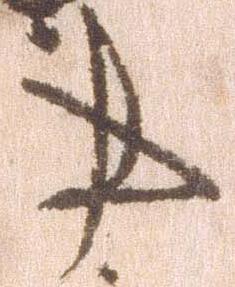
事